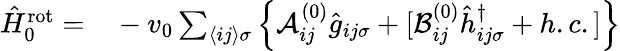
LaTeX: \begin{array}{rl}{\hat{H}_{0}^{\mathrm{rot}}=}&{{}-v_{0}\sum_{\langle ij\rangle\sigma}\left\{ \mathcal{A}_{ij}^{(0)}\hat{g}_{ij\sigma}+[\mathcal{B}_{ij}^{(0)}\hat{h}_{ij\sigma}^{\dagger}+h.c.]\right\} }\end{array}